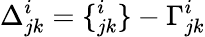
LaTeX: \Delta_{jk}^{i}=\{ _{jk}^{i}\} -\Gamma_{jk}^{i}